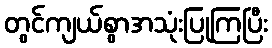
တွင်ကျယ်စွာအသုံးပြုကြပြီး